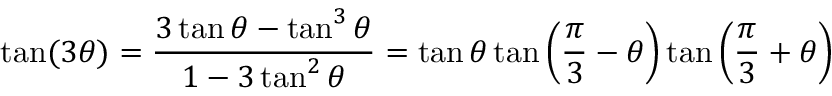
\tan ( 3 \theta ) = { \frac { 3 \tan \theta - \tan ^ { 3 } \theta } { 1 - 3 \tan ^ { 2 } \theta } } = \tan \theta \tan \left( { \frac { \pi } { 3 } } - \theta \right) \tan \left( { \frac { \pi } { 3 } } + \theta \right)